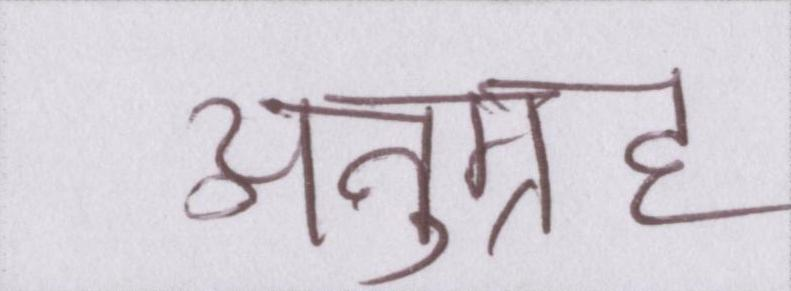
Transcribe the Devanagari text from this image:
अनुग्रह